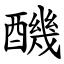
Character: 䤒